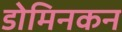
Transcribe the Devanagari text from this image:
डोमिनकन